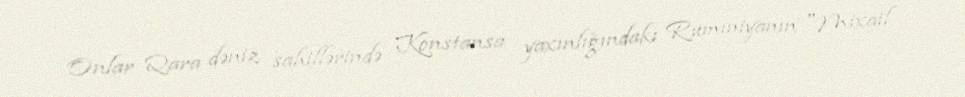
Onlar Qara dəniz sahillərində Konstansa yaxınlığındakı Rumıniyanın "Mixail